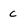
Character: c